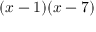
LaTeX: ( x - 1 ) ( x - 7 )